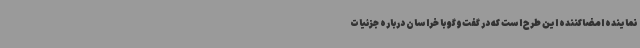
نماینده امضاکننده این طرح است که در گفت‌وگو با خراسان درباره جزئیات